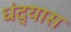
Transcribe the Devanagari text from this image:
धंद्यास